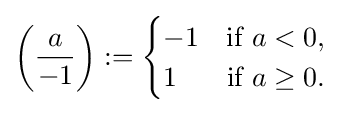
\left({\frac {a}{-1}}\right):={\begin{cases}-1&{\mbox{if }}a<0,\\1&{\mbox{if }}a\geq 0.\end{cases}}